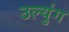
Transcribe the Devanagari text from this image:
उल्युंग